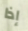
إذا